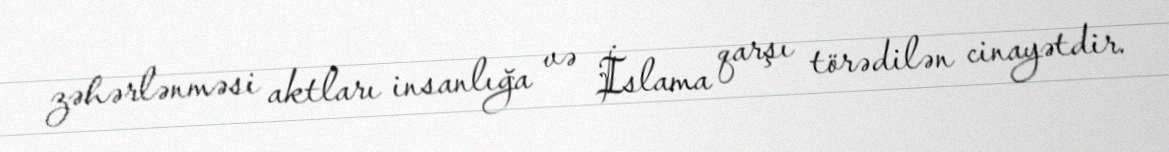
zəhərlənməsi aktları insanlığa və İslama qarşı törədilən cinayətdir.